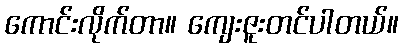
ကောင်းလိုက်တာ။ ကျေးဇူးတင်ပါတယ်။